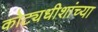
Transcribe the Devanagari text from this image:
कोट्यधीशांच्या